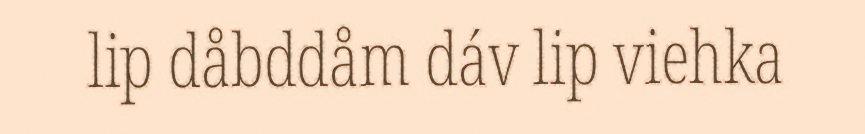
lip dåbddåm dáv lip viehka